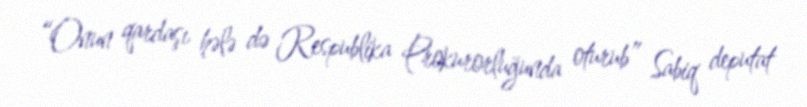
“Onun qardaşı hələ də Respublika Prokurorluğunda oturub” Sabiq deputat